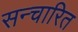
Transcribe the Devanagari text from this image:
सन्चारित